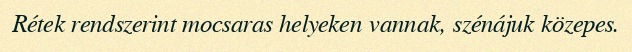
Rétek rendszerint mocsaras helyeken vannak, szénájuk közepes.